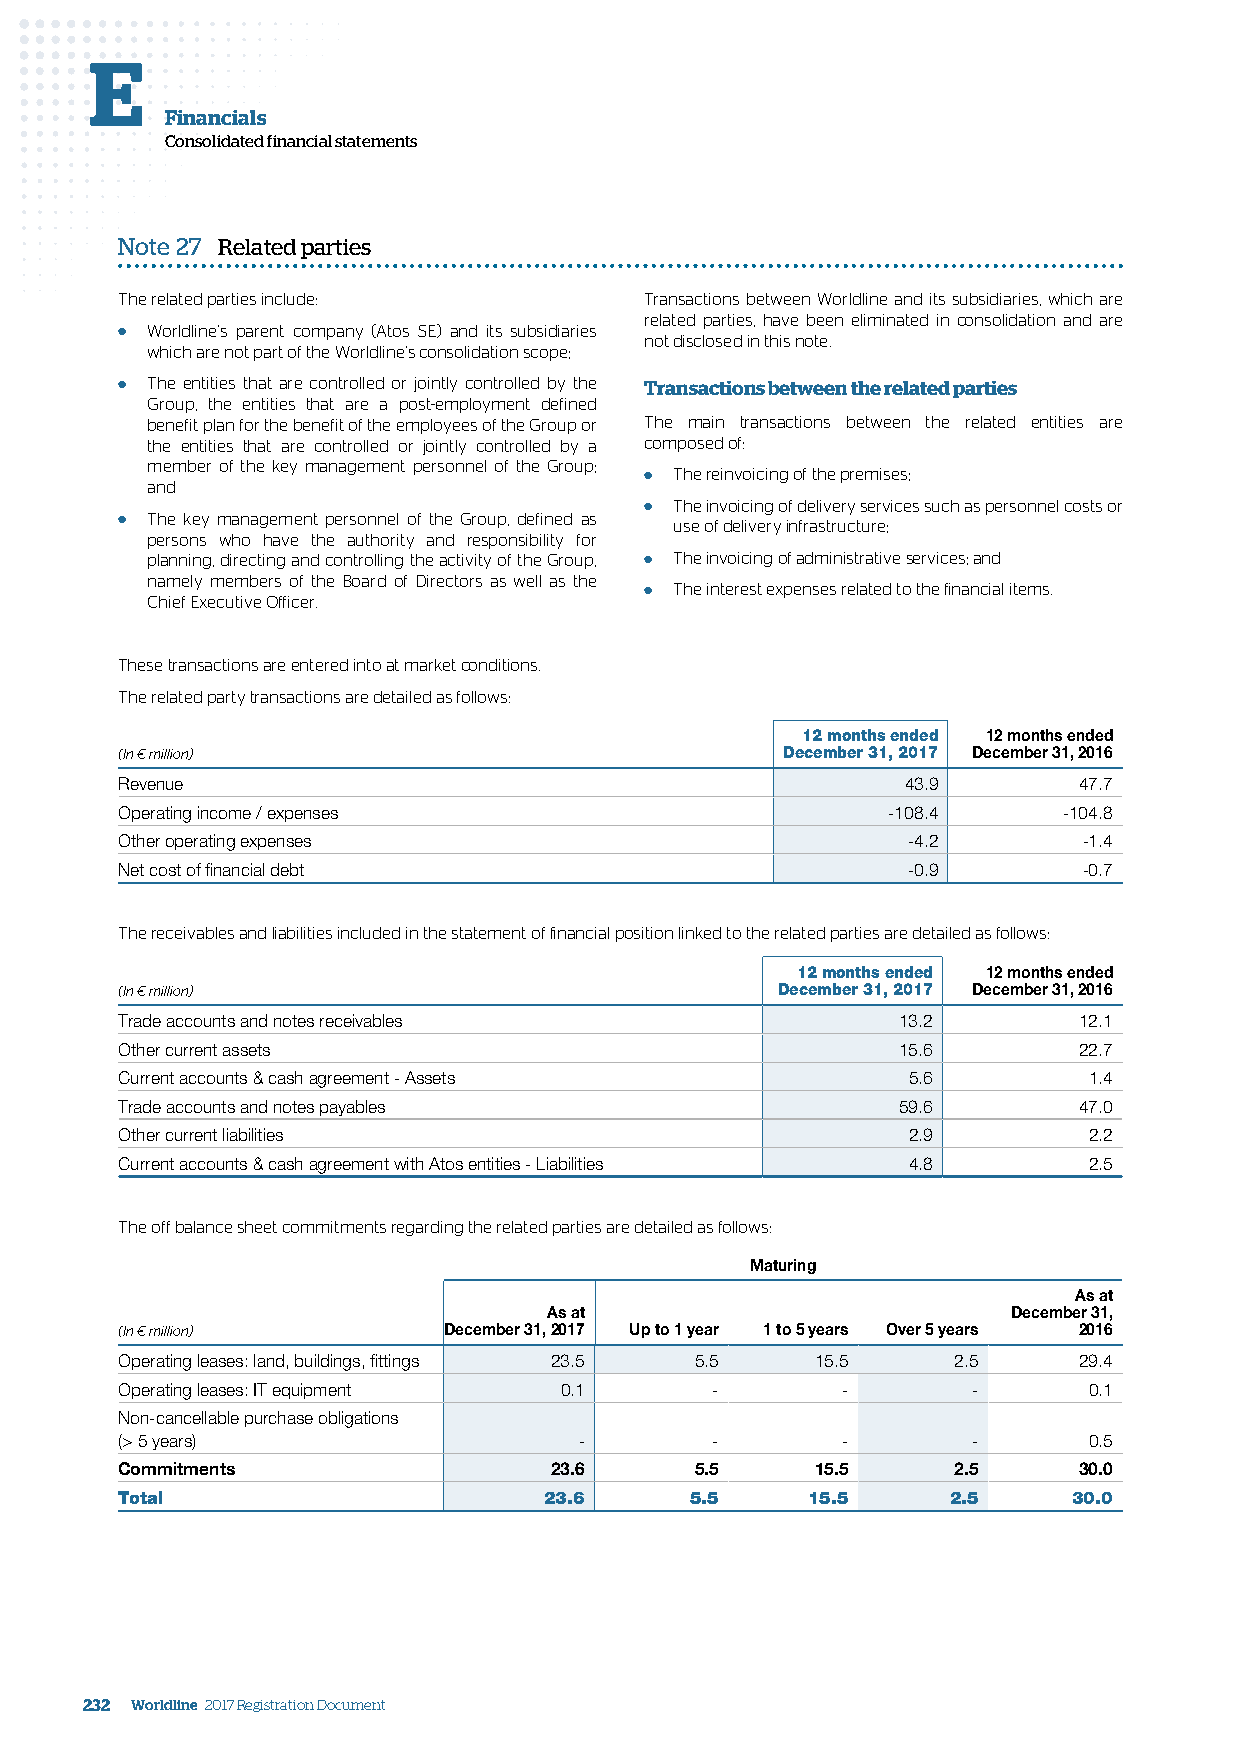
E
 Financials
 Consolidated financial statements
 Note 27 Related parties
 The related parties include:       Transactions between Worldline and its subsidiaries, which are
 related parties, have been eliminated in consolidation and are
 ● Worldline’s parent company (Atos SE) and its subsidiaries not disclosed in this note.
 which are not part of the Worldline’s consolidation scope;
 ● The entities that are controlled or jointly controlled by the Transactions between the related parties
 Group, the entities that are a post-employment defined
 benefit plan for the benefit of the employees of the Group or The main transactions between the related entities are
 the entities that are controlled or jointly controlled by a composed of:
 member of the key management personnel of the Group;
 ● The reinvoicing of the premises;
 and
 ● The invoicing of delivery services such as personnel costs or
 ● The key management personnel of the Group, defined as use of delivery infrastructure;
 persons who have the authority and responsibility for
 planning, directing and controlling the activity of the Group, ● The invoicing of administrative services; and
 namely members of the Board of Directors as well as the
 ● The interest expenses related to the financial items.
 Chief Executive Officer.
 These transactions are entered into at market conditions.
 The related party transactions are detailed as follows:
 12 months ended 12 months ended
 (In € million)                              December 31, 2017 December 31, 2016
 Revenue                                             43.9       47.7
 Operating income / expenses                        -108.4     -104.8
 Other operating expenses                            -4.2        -1.4
 Net cost of financial debt                          -0.9        -0.7
 The receivables and liabilities included in the statement of financial position linked to the related parties are detailed as follows:
 12 months ended 12 months ended
 (In € million)                             December 31, 2017 December 31, 2016
 Trade accounts and notes receivables               13.2        12.1
 Other current assets                               15.6        22.7
 Current accounts & cash agreement - Assets          5.6         1.4
 Trade accounts and notes payables                  59.6        47.0
 Other current liabilities                           2.9         2.2
 Current accounts & cash agreement with Atos entities - Liabilities 4.8 2.5
 The off balance sheet commitments regarding the related parties are detailed as follows:
 Maturing
 As at
 As at                          December 31,
 (In € million)       December 31, 2017 Up to 1 year 1 to 5 years Over 5 years 2016
 Operating leases: land, buildings, fittings 23.5 5.5 15.5 2.5  29.4
 Operating leases: IT equipment 0.1     -        -       -       0.1
 Non-cancellable purchase obligations
 (> 5 years)                   -        -        -       -       0.5
 Commitments                 23.6      5.5     15.5     2.5     30.0
 Total                       23.6      5.5    15.5      2.5     30.0
 232 Worldline 2017 Registration Document